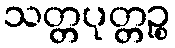
သတ္တပုတ္တဉ္စ